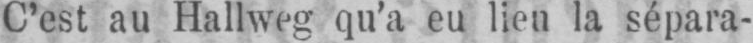
C’est au Hallweg qu’a eu lieu la sépara-